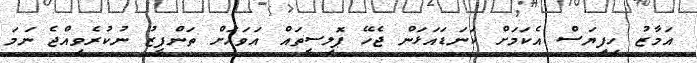
އަމާޒު ހިފިޔަސް އެކަމަށް ކަނަޑައަޅަން ޖެހޭ ޕޮލިސީތައް އަވަހަށް ތަންފީޒު ނުކުރެވިއްޖެ ނަމަ